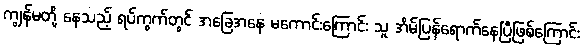
ကျွန်မတို့ နေသည့် ရပ်ကွက်တွင် အခြေအနေ မကောင်းကြောင်း သူ အိမ်ပြန်ရောက်နေပြီဖြစ်ကြောင်း